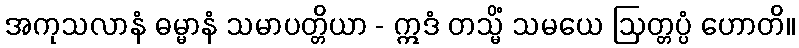
အကုသလာနံ ဓမ္မာနံ သမာပတ္တိယာ - ဣဒံ တသ္မိံ သမယေ ဩတ္တပ္ပံ ဟောတိ။